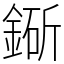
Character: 䤺